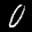
Label: 0